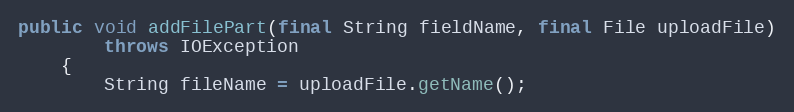
Language: Java
public void addFilePart(final String fieldName, final File uploadFile)
        throws IOException
    {
        String fileName = uploadFile.getName();